Vaccination United Provinces of Agra and Oudh 1923-1928 - 1923-1928
Year: 1923
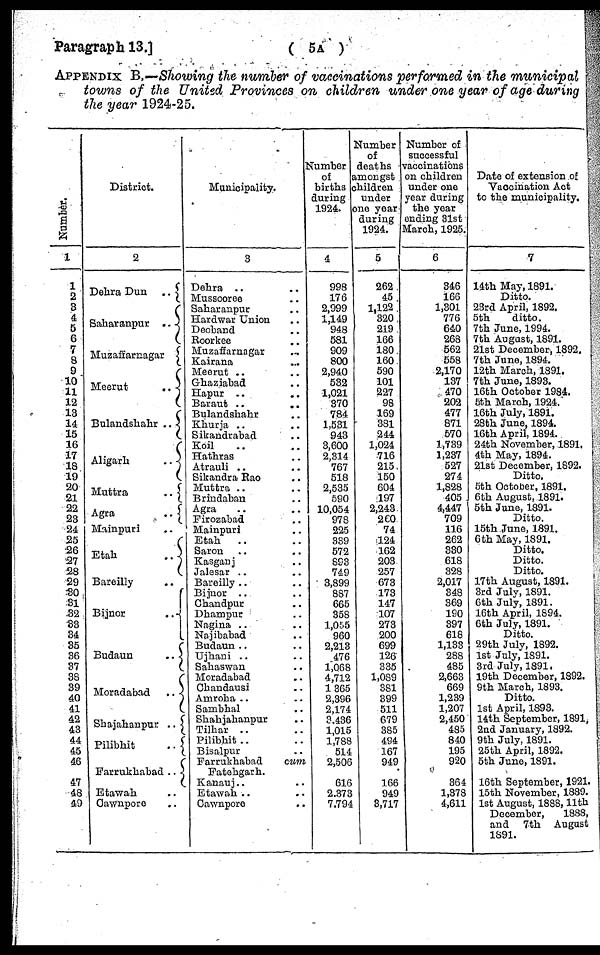
Paragraph 13.]
( 5A )
APPENDIX B.—Showing the number of vaccinations performed in the municipal
towns of the United Provinces on children under one year of age during
the year 1924-25.
Number.
1
1
2
3
4
5
6
7
8
9
10
11
12
13
14
15
16
17
18
19
20
21
22
23
24
25
26
27
28
29
30
31
32
33
34
35
36
37
38
39
40
41
42
43
44
45
46
47
48
49
District.
2
Dehra Dun
..
Saharanpur
..
Muzaffarnagar
Meerut
..
Bulandshahr
..
Aligarh
..
Muttra
..
Agra
..
Mainpuri ..
Etah
..
Bareilly ..
Bijnor
..
Budaun
..
Moradabad
..
Shajahanpur
..
Pilibhit
..
Farrukhabad
..
Etawah ..
Cawnpore ..
Municipality.
3
Dehra .. ..
Mussooree ..
Saharanpur ..
Hardwar Union ..
Deoband ..
Roorkee ..
Muzaffarnagar ..
Kairana ..
Meerut ..
Ghaziabad ..
Hapur .. ..
Baraut .. ..
Bulandshahr ..
Khurja .. ..
Sikandrabad ..
Koil .. ..
Hathras ..
Atrauli .. ..
Sikandra Rao ..
Muttra .. ..
Brindaban ..
Agra .
Firozabad ..
Mainpuri ..
Etah ..
Saron .. ..
Kasganj ..
Jalesar .. ..
Bareilly .. ..
Bijnor .. ..
Chandpur ..
Dhampur ..
Nagina ..
Najibabad ..
Budaun .. ..
Ujhani .. ..
Sahaswan ..
Moradabad ..
Chandausi ..
Amroha .. ..
Sambhal ..
Shahjahanpur ..
Tilhar .. ..
Pilibhit .. ..
Bisalpur ..
Farrukhabad
cum
Fatehgarh.
Kanauj .. ..
Etawah .. ..
Cawnpore
..
Number
of
births
during
1924.
4
998
176
2,999
1,149
948
581
909
800
2,940
532
1,021
370
784
1,531
943
3,600
2,314
767
518
2,535
590
10,054
978
225
339
572
893
749
3,899
887
665
358
1,055
960
2,213
476
1,068
4,712
1,365
2,396
2,174
3,436
1,015
1,788
514
2,506
616
2,373
7,794
Number
of
deaths
amongst
children
under
one year
during
1924.
5
262
45
1,122
320
219
166
180
160
590
101
227
98
169
381
244
1,024
716
215
150
604
197
2,243
260
74
124
162
203
257
673
173
147
107
273
200
699
126
335
1,089
381
399
511
679
385
494
167
949
166
949
3,717
Number of
successful
vaccinations
on children
under one
year during
the year
ending 31st
March, 1925.
6
346
166
1,301
776
640
268
562
558
2,170
137
470
202
477
871
570
1,739
1,237
527
274
1,828
405
4,447
709
116
262
330
618
328
2,017
348
369
190
397
618
1,133
288
485
2,663
669
1,239
1,207
2,450
485
840
195
920
364
1,378
4,611
Date of extension of
Vaccination Act
to the municipality.
7
14th May, 1891.
Ditto.
23rd April, 1892.
5th
ditto.
7th June, 1994.
7th August, 1891.
21st December, 1892.
7th June, 1894.
12th March, 1891.
7th June, 1893.
16th October 1984.
5th March, 1924.
16th July, 1891.
28th June, 1894.
16th April, 1894.
24th November, 1891.
4th May, 1894.
21st December, 1892.
Ditto.
5th October, 1891.
6th August, 1891.
5th June, 1891.
Ditto.
15th June, 1891.
6th May, 1891.
Ditto.
Ditto.
Ditto.
17th August, 1891.
3rd July, 1891.
6th July, 1891.
16th April, 1894.
6th July, 1891.
Ditto.
29th July, 1892.
1st July, 1891.
3rd July, 1891.
19th December, 1892.
9th March, 1893.
Ditto.
1st April, 1893.
14th September, 1891.
2nd January, 1892.
9th July, 1891.
25th April, 1892.
5th June, 1891.
16th September, 1921.
15th November, 1889.
1st August, 1888,11th
December,
1888,
and 7th August
1891.